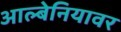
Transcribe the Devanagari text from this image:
आल्बेनियावर